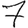
Digit: 7